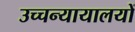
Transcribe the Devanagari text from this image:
उच्चन्यायालयों